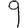
Digit: 9